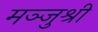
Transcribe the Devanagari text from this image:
मञ्जुश्री